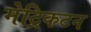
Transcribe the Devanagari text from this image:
मेट्रिकटन